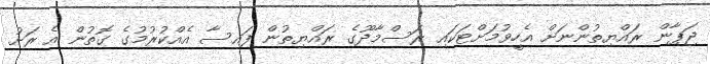
ޖަޕާން ރައްޔިތުންނަށް އެހީވުމަށްޓަކައި ރަސްމާދޫގެ ރައްޔިތުން ފައިސާ އެއްކުރުމުގެ ގޮތުން އެ ރަށު